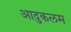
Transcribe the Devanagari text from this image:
आदुकलम